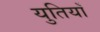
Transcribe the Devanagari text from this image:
युतियाँ